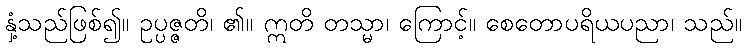
နှံ့သည်ဖြစ်၍။ ဥပ္ပဇ္ဇတိ၊ ၏။ ဣတိ တသ္မာ၊ ကြောင့်။ စေတောပရိယပညာ၊ သည်။